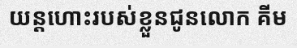
យន្តហោះរបស់ខ្លួនជូនលោក គីម